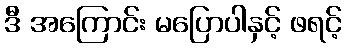
ဒီ အကြောင်း မပြောပါနှင့် ဖရင့်